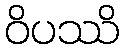
ဝိပဿိ